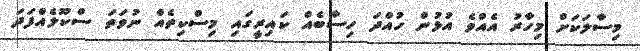
މިސާލަކަށް މިހާރު އެއްވެ އުޅުން ހުއްދަ ހިސާބެއް ކައިރީގައި މިސްކިތެއް ނުވަތަ ސްކޫލެއްފަދަ